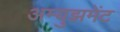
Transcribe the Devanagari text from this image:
अम्युझमेंट